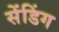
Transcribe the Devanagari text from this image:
सेंडिंग